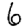
Digit: 6